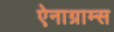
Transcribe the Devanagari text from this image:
ऐनाग्राम्स